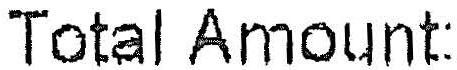
TOTAL AMOUNT: